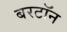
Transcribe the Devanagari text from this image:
बरटॉन